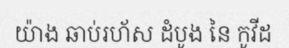
យ៉ាង ឆាប់រហ័ស ដំបូង នៃ កូវីដ